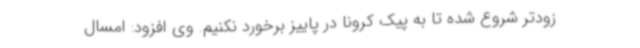
زودتر شروع شده تا به پیک کرونا در پاییز برخورد نکنیم. وی افزود: امسال